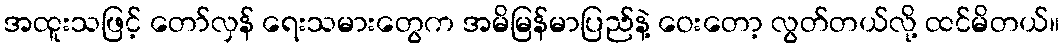
အထူးသဖြင့် တော်လှန် ရေးသမားတွေက အမိမြန်မာပြည်နဲ့ ဝေးတော့ လွတ်တယ်လို့ ထင်မိတယ်။